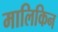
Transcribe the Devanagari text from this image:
मालिकिन